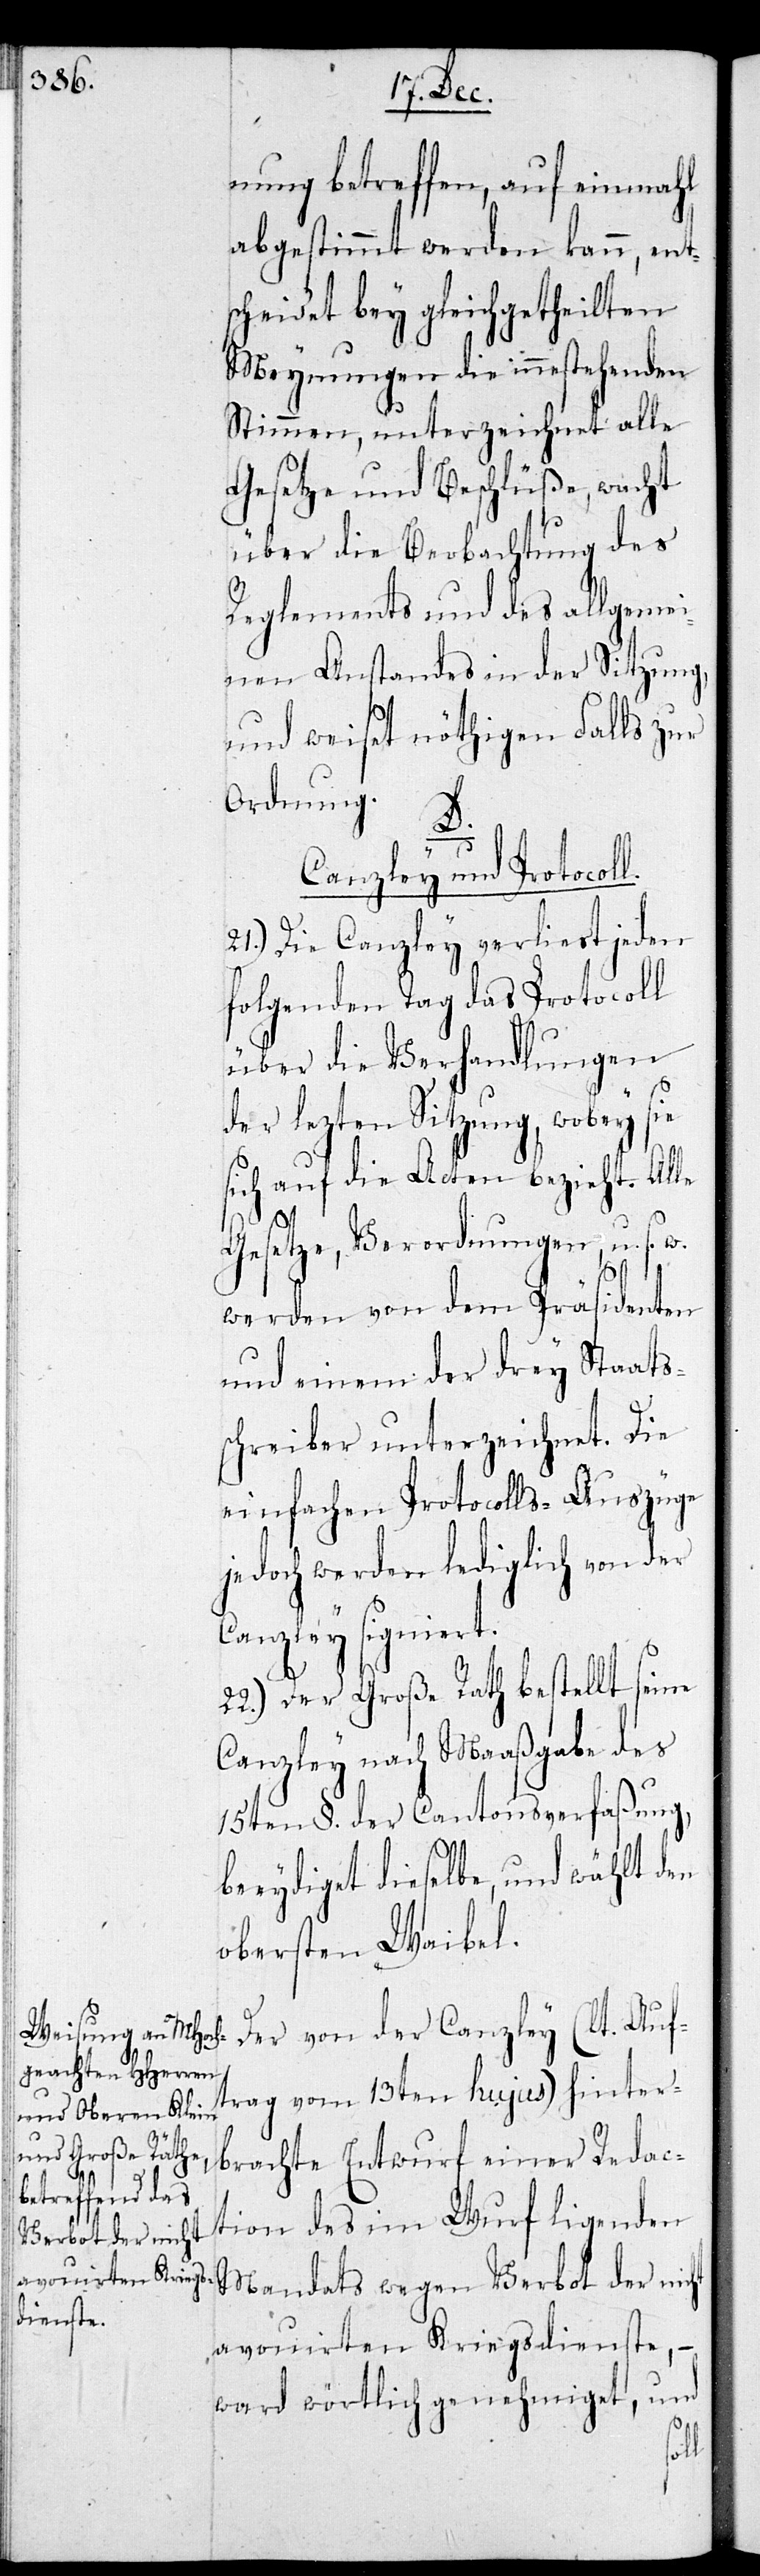
nung betreffen, auf einmahl
abgestimmt werden kann, ent¬
scheidet bey gleichgetheilten
Meynungen die innestehenden
Stimmen, und unterzeichnet alle
Gesetze und Beschlüße, wacht
über die Beobachtung der
Reglements und des allgemei¬
nen Anstandes in der Sitzung,
und weiset nöthigen Falls zur
Ordnung.
l.
D.
Canzley und Protocol¬
21.) Die Canzley verliest jeden
folgenden Tag das Protocoll
über die Verhandlungen
der lezten Sitzung, wobey sie
sich auf die Acten bezieht. Alle
Gesetze, Verordnungen, u. s.
werden von dem Präsidenten
und einem der drey Staats¬
schreiber unterzeichnet. Die
einfachen Protocolls-Auszüge
jedoch werden lediglich von der
Canzley signiert.
22.) Der Große Rath bestellt seine
Canzley nach Maaßgabe des
15ten § der Cantonsverfaßung,
beeydiget dieselbe, und wählt den
obersten Waibel.
Der von der Canzley (lt. Auf¬
trag vom 13ten hujus) hinter¬
brachte Entwurf einer Redac¬
tion des im Wurf ligenden
Mandats wegen Verbot der nic¬
avouirten Kriegsdienste, –
ward wörtlich genehmiget, und
ht